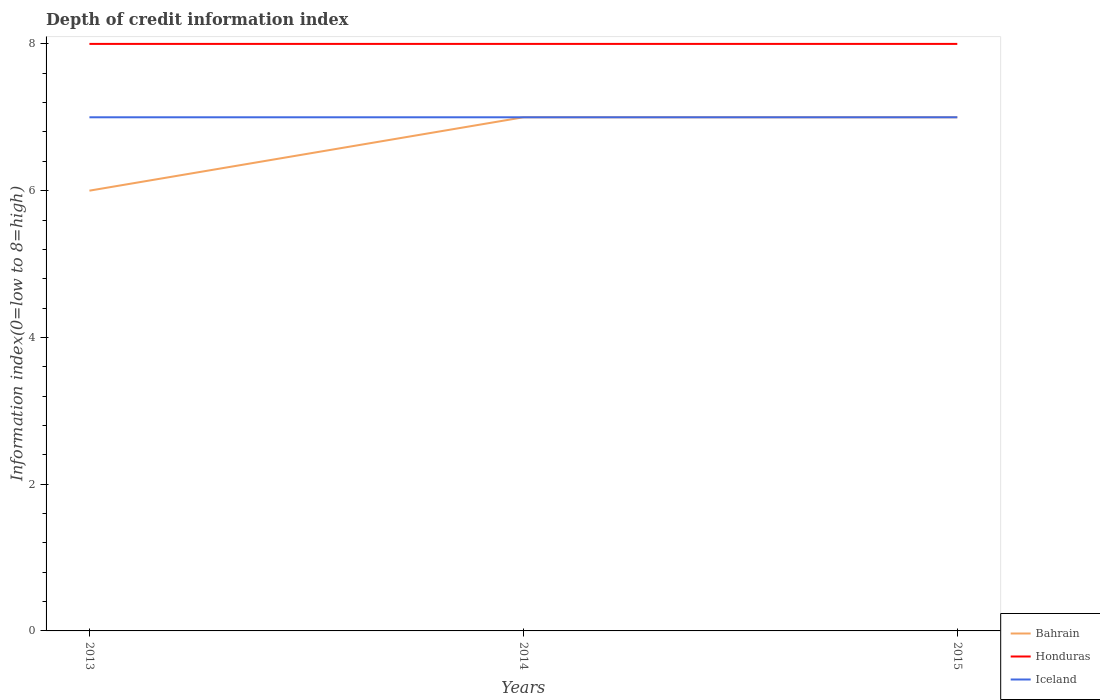
| Years | Bahrain | Honduras | Iceland |
 | --- | --- | --- | --- |
 | 2013 | 6 | 8 | 7 |
 | 2014 | 7 | 8 | 7 |
 | 2015 | 7 | 8 | 7 |